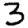
Digit: 3